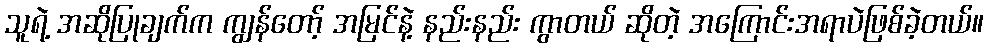
သူရဲ့ အဆိုပြုချက်က ကျွန်တော့် အမြင်နဲ့ နည်းနည်း ကွာတယ် ဆိုတဲ့ အကြောင်းအရာပဲဖြစ်ခဲ့တယ်။